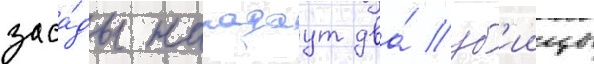
заса́ды нападаут два́ уб'иицы